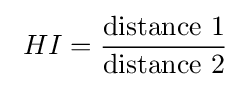
\ HI={\frac {\text{distance 1}}{\text{distance 2}}}